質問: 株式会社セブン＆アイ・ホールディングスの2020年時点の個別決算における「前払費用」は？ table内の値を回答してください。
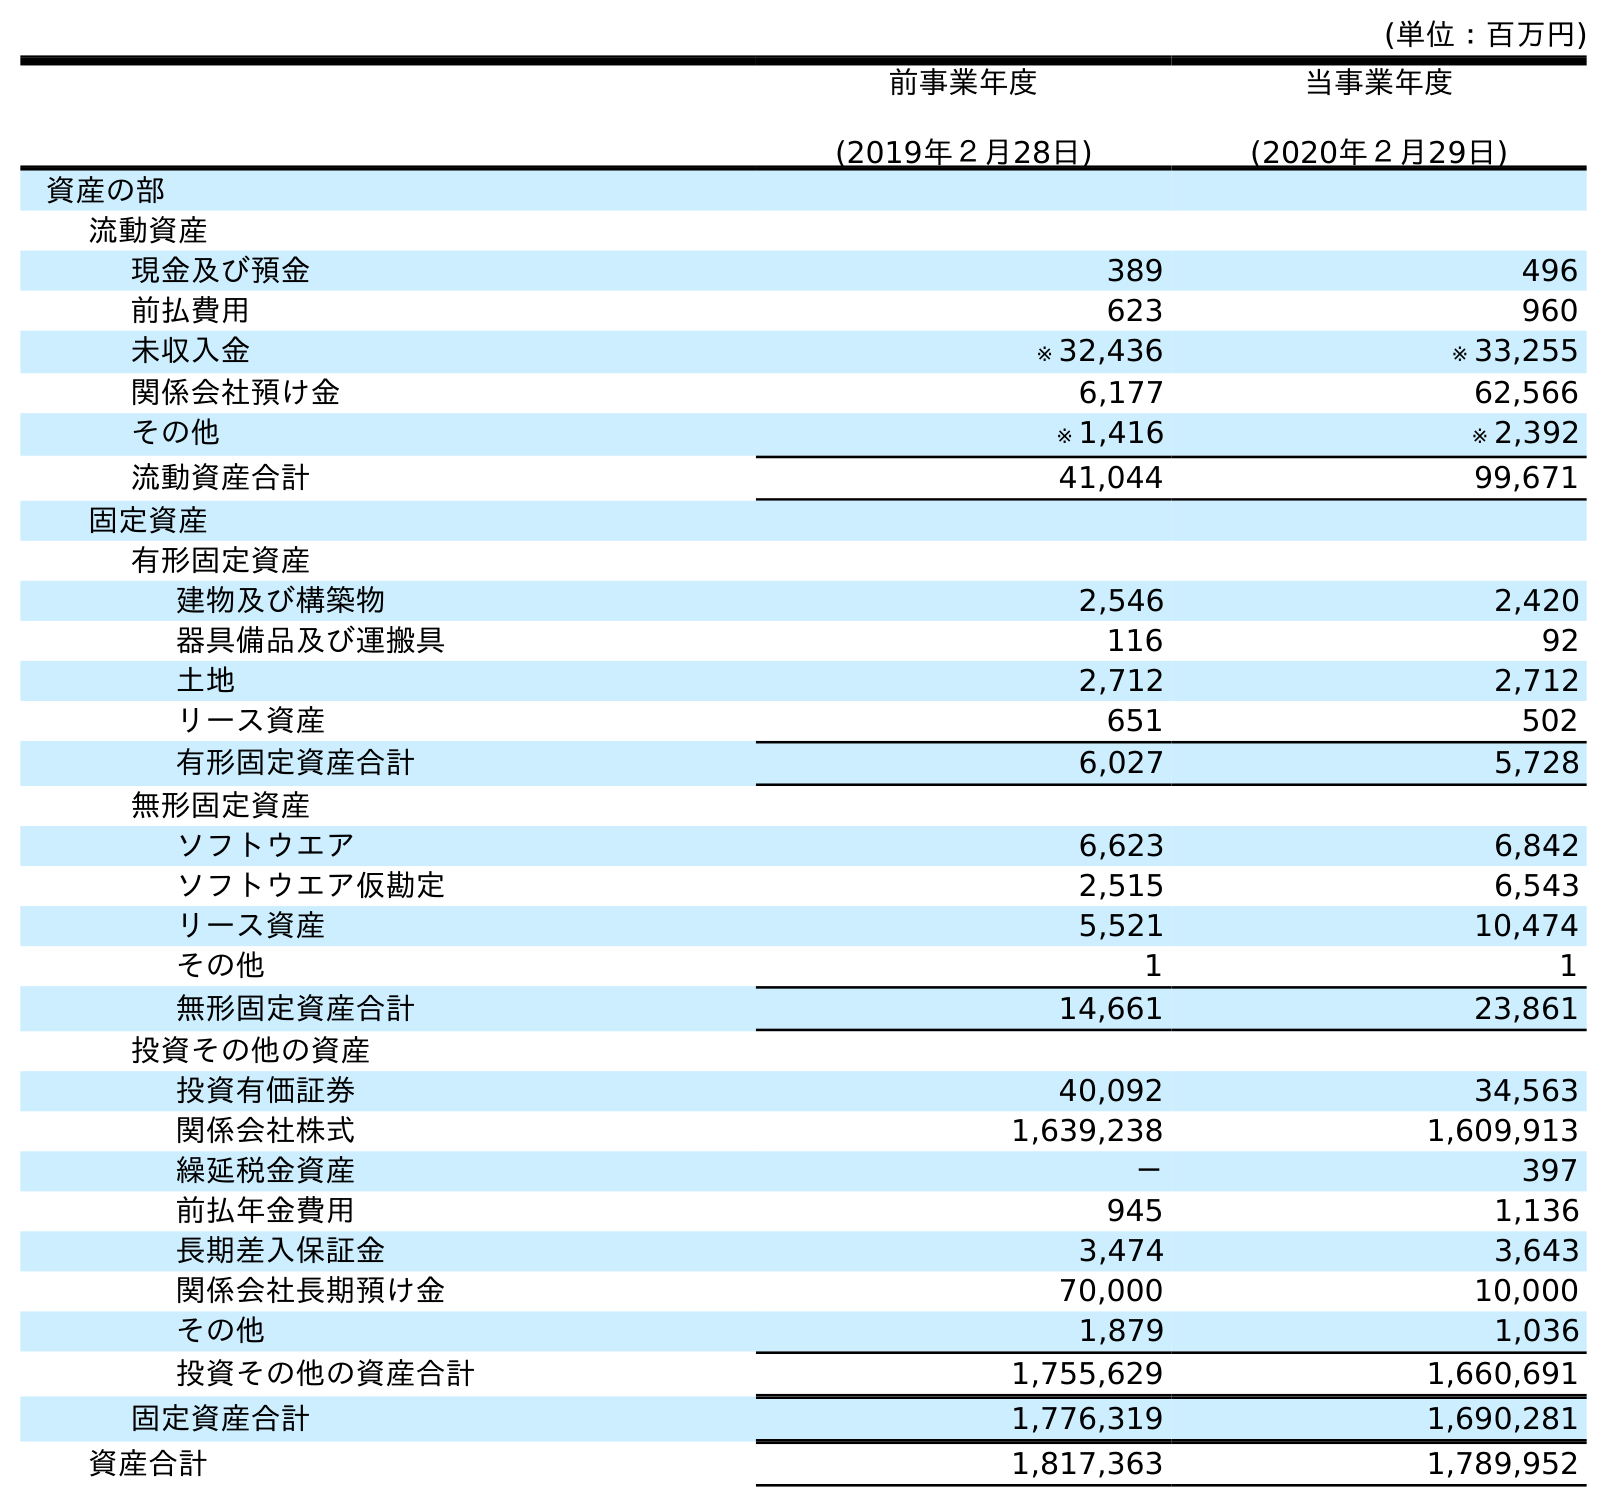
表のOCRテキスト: (単位：百万円) 前事業年度 (2019年２月28日) 当事業年度 (2020年２月29日) 資産の部 流動資産 現金及び預金 389 496 前払費用 623 960 未収入金 ※ 32,436 ※ 33,255 関係会社預け金 6,177 62,566 その他 ※ 1,416 ※ 2,392 流動資産合計 41,044 99,671 固定資産 有形固定資産 建物及び構築物 2,546 2,420 器具備品及び運搬具 116 92 土地 2,712 2,712 リース資産 651 502 有形固定資産合計 6,027 5,728 無形固定資産 ソフトウエア 6,623 6,842 ソフトウエア仮勘定 2,515 6,543 リース資産 5,521 10,474 その他 1 1 無形固定資産合計 14,661 23,861 投資その他の資産 投資有価証券 40,092 34,563 関係会社株式 1,639,238 1,609,913 繰延税金資産 － 397 前払年金費用 945 1,136 長期差入保証金 3,474 3,643 関係会社長期預け金 70,000 10,000 その他 1,879 1,036 投資その他の資産合計 1,755,629 1,660,691 固定資産合計 1,776,319 1,690,281 資産合計 1,817,363 1,789,952
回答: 960